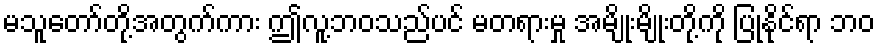
မသူတော်တို့အတွက်ကား ဤလူ့ဘဝသည်ပင် မတရားမှု အမျိုးမျိုးတို့ကို ပြုနိုင်ရာ ဘဝ